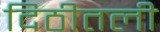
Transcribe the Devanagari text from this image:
दिठीतली